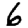
Digit: 6